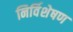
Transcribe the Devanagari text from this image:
निर्विशेषण